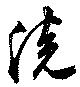
院